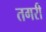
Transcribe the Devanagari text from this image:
तगरी